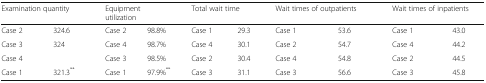
| <COLSPAN=2> Examination quantity | <COLSPAN=2> Equipmentutilization | <COLSPAN=2> Total wait time | <COLSPAN=2> Wait times of outpatients | <COLSPAN=2> Wait times of inpatients |
 | --- | --- | --- | --- | --- | --- | --- | --- | --- | --- |
 | Case 2 | 324.6 | Case 2 | 98.8% | Case 1 | 29.3 | Case 1 | 53.6 | Case 1 | 43.0 |
 | Case 3 | <ROWSPAN=2> 324 | Case 4 | 98.7% | Case 4 | 30.1 | Case 2 | 54.7 | Case 4 | 44.2 |
 | Case 4 | Case 3 | 98.5% | Case 2 | 30.4 | Case 4 | 54.8 | Case 2 | 44.5 |
 | Case 1 | 321.3** | Case 1 | 97.9%** | Case 3 | 31.1 | Case 3 | 56.6 | Case 3 | 45.8 |